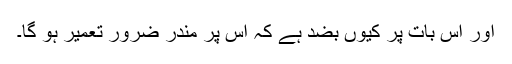
اور اِس بات پر کیوں بضد ہے کہ اس پر مندر ضرور تعمیر ہو گا۔